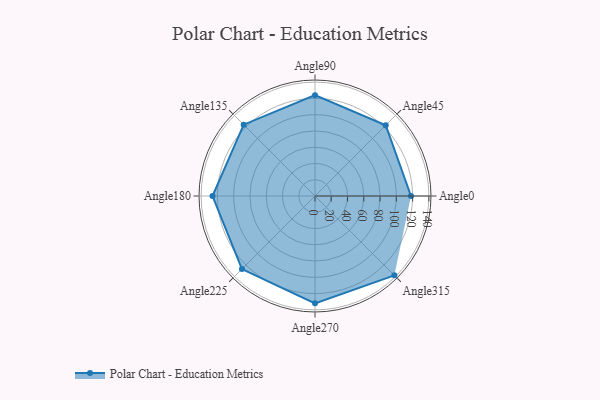
{"axis": {"x": "Angle", "y": "Radius"}, "legend": [""], "data": [{"x": "Angle0", "y": 118.0, "type": ""}, {"x": "Angle45", "y": 123.0, "type": ""}, {"x": "Angle90", "y": 124.0, "type": ""}, {"x": "Angle135", "y": 124.0, "type": ""}, {"x": "Angle180", "y": 126.0, "type": ""}, {"x": "Angle225", "y": 127.0, "type": ""}, {"x": "Angle270", "y": 132.0, "type": ""}, {"x": "Angle315", "y": 138.0, "type": ""}]}